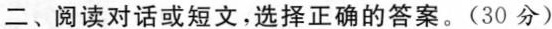
二、阅读对话或短文,选择正确的答案。(30 分)